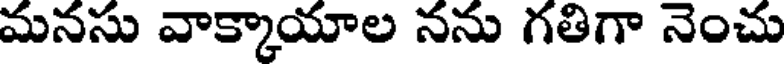
మనసు వాక్కాయాల నను గతిగా నెంచు